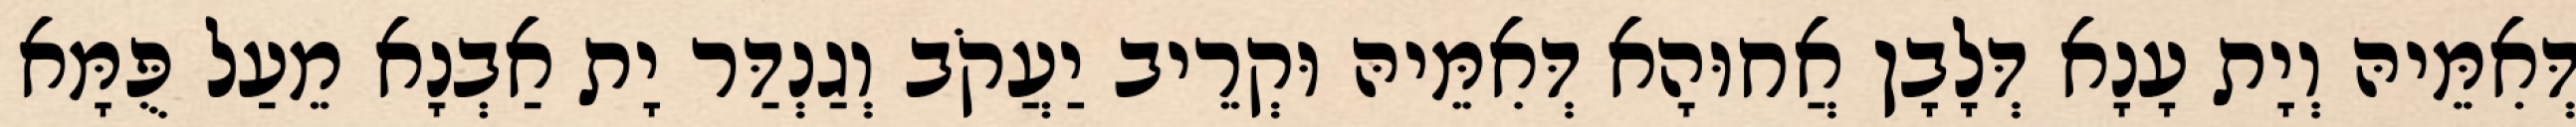
דְּאִמֵּיהּ וְיָת עָנָא דְּלָבָן אֲחוּהָא דְּאִמֵּיהּ וּקְרֵיב יַעֲקֹב וְגַנְדַּר יָת אַבְנָא מֵעַל פֻּמָּא